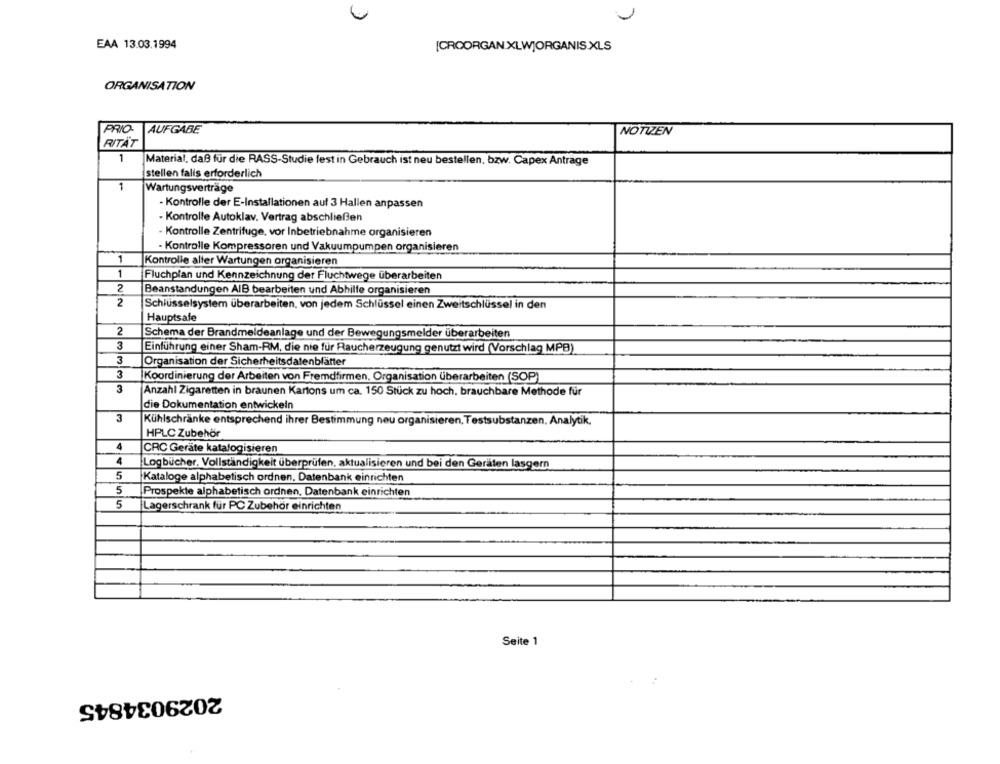
EAA 13.03.1994
[CROORGAN.XLWJORGANIS XLS
ORGANISATION
PRIO
AUFGABE
NOTIZEN
RITAT
1
Material, daß für die RASS-Studie fest in Gebrauch ist neu bestellen, bzw. Capex Anträge
stellen falls erforderlich
1
Wartungsverträge
- Kontrolle der E-Installationen auf 3 Hallen anpassen
- Kontrolle Autoklav. Vertrag abschließen
- Kontrolle Zentrifuge, vor Inbetriebnahme organisieren
- Kontrolle Kompressoren und Vakuumpumpen organisieren
1
Kontrolle aller Wartungen organisieren
1
Fluchplan und Kennzeichnung der Fluchtwege überarbeiten
2
Beanstandungen AIB bearbeiten und Abhilfe organisieren
2
Schlüsselsystem überarbeiten, von jedem Schlüssel einen Zweitschlüssel in den
Hauptsafe
2
Schema der Brandmeldeanlage und der Bewegungsmelder überarbeiten
3
Einführung einer Sham-RM, die nie für Raucherzeugung genutzt wird (Vorschlag MPB)
3
Organisation der Sicherheitsdatenblätter
3
Koordinierung der Arbeiten von Fremdfirmen, Organisation überarbeiten (SOP)
3
Anzahl Zigaretten in braunen Kartons um ca. 150 Stück zu hoch. brauchbare Methode für
die Dokumentation entwickeln
3
Kühlschränke entsprechend ihrer Bestimmung neu organisieren, Testsubstanzen. Analytik.
HPLC Zubehör
CRC Geräte katalogisieren
4
Logbücher. Vollständigkeit überprüfen, aktualisieren und bei den Geräten lasgern
5
Kataloge alphabetisch ordnen, Datenbank einrichten
5
Prospekte alphabetisch ordnen, Datenbank einrichten
5
Lagerschrank für PC Zubehör einrichten
Seite 1
2029034845